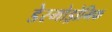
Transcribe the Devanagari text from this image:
डेस्मोड्रोमिक